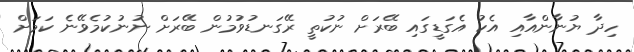
ހިދާ ޔުނާންއާއި އެކު އެގަޑީގައި ބޭރަށް ނުކުތީ ރޭގަނޑުވުމުން ބޭރަށް ނުނުކުމެވޭނެ ކަމަށް